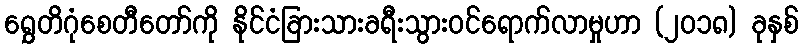
ရွှေတိဂုံစေတီတော်ကို နိုင်ငံခြားသားခရီးသွားဝင်ရောက်လာမှုဟာ (၂၀၁၈) ခုနှစ်